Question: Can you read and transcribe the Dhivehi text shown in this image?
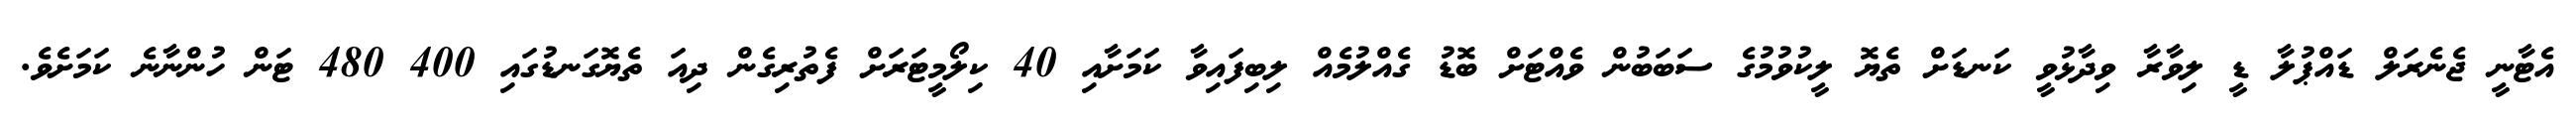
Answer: އެޓާނީ ޖެނެރަލް ޑައްޕުލާ ޑީ ލިވާރާ ވިދާޅުވީ ކަނޑަށް ތެޔޮ ލީކުވުމުގެ ސަބަބުން ވެއްޓަށް ބޮޑު ގެއްލުމެއް ލިބިފައިވާ ކަމަށާއި 40 ކިލޯމީޓަރަށް ފެތުރިގެން ދިއަ ތެޔޮގަނޑުގައި 400 480 ޓަން ހުންނާނެ ކަމަށެވެ.